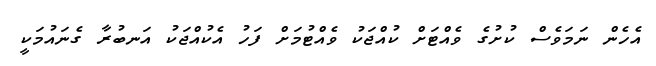
އެހެން ނަމަވެސް ކުށުގެ ވެއްޓަށް ކުއްޖަކު ވެއްޓުމަށް ފަހު އެކުއްޖަކު އަނބުރާ ގެނައުމަކީ